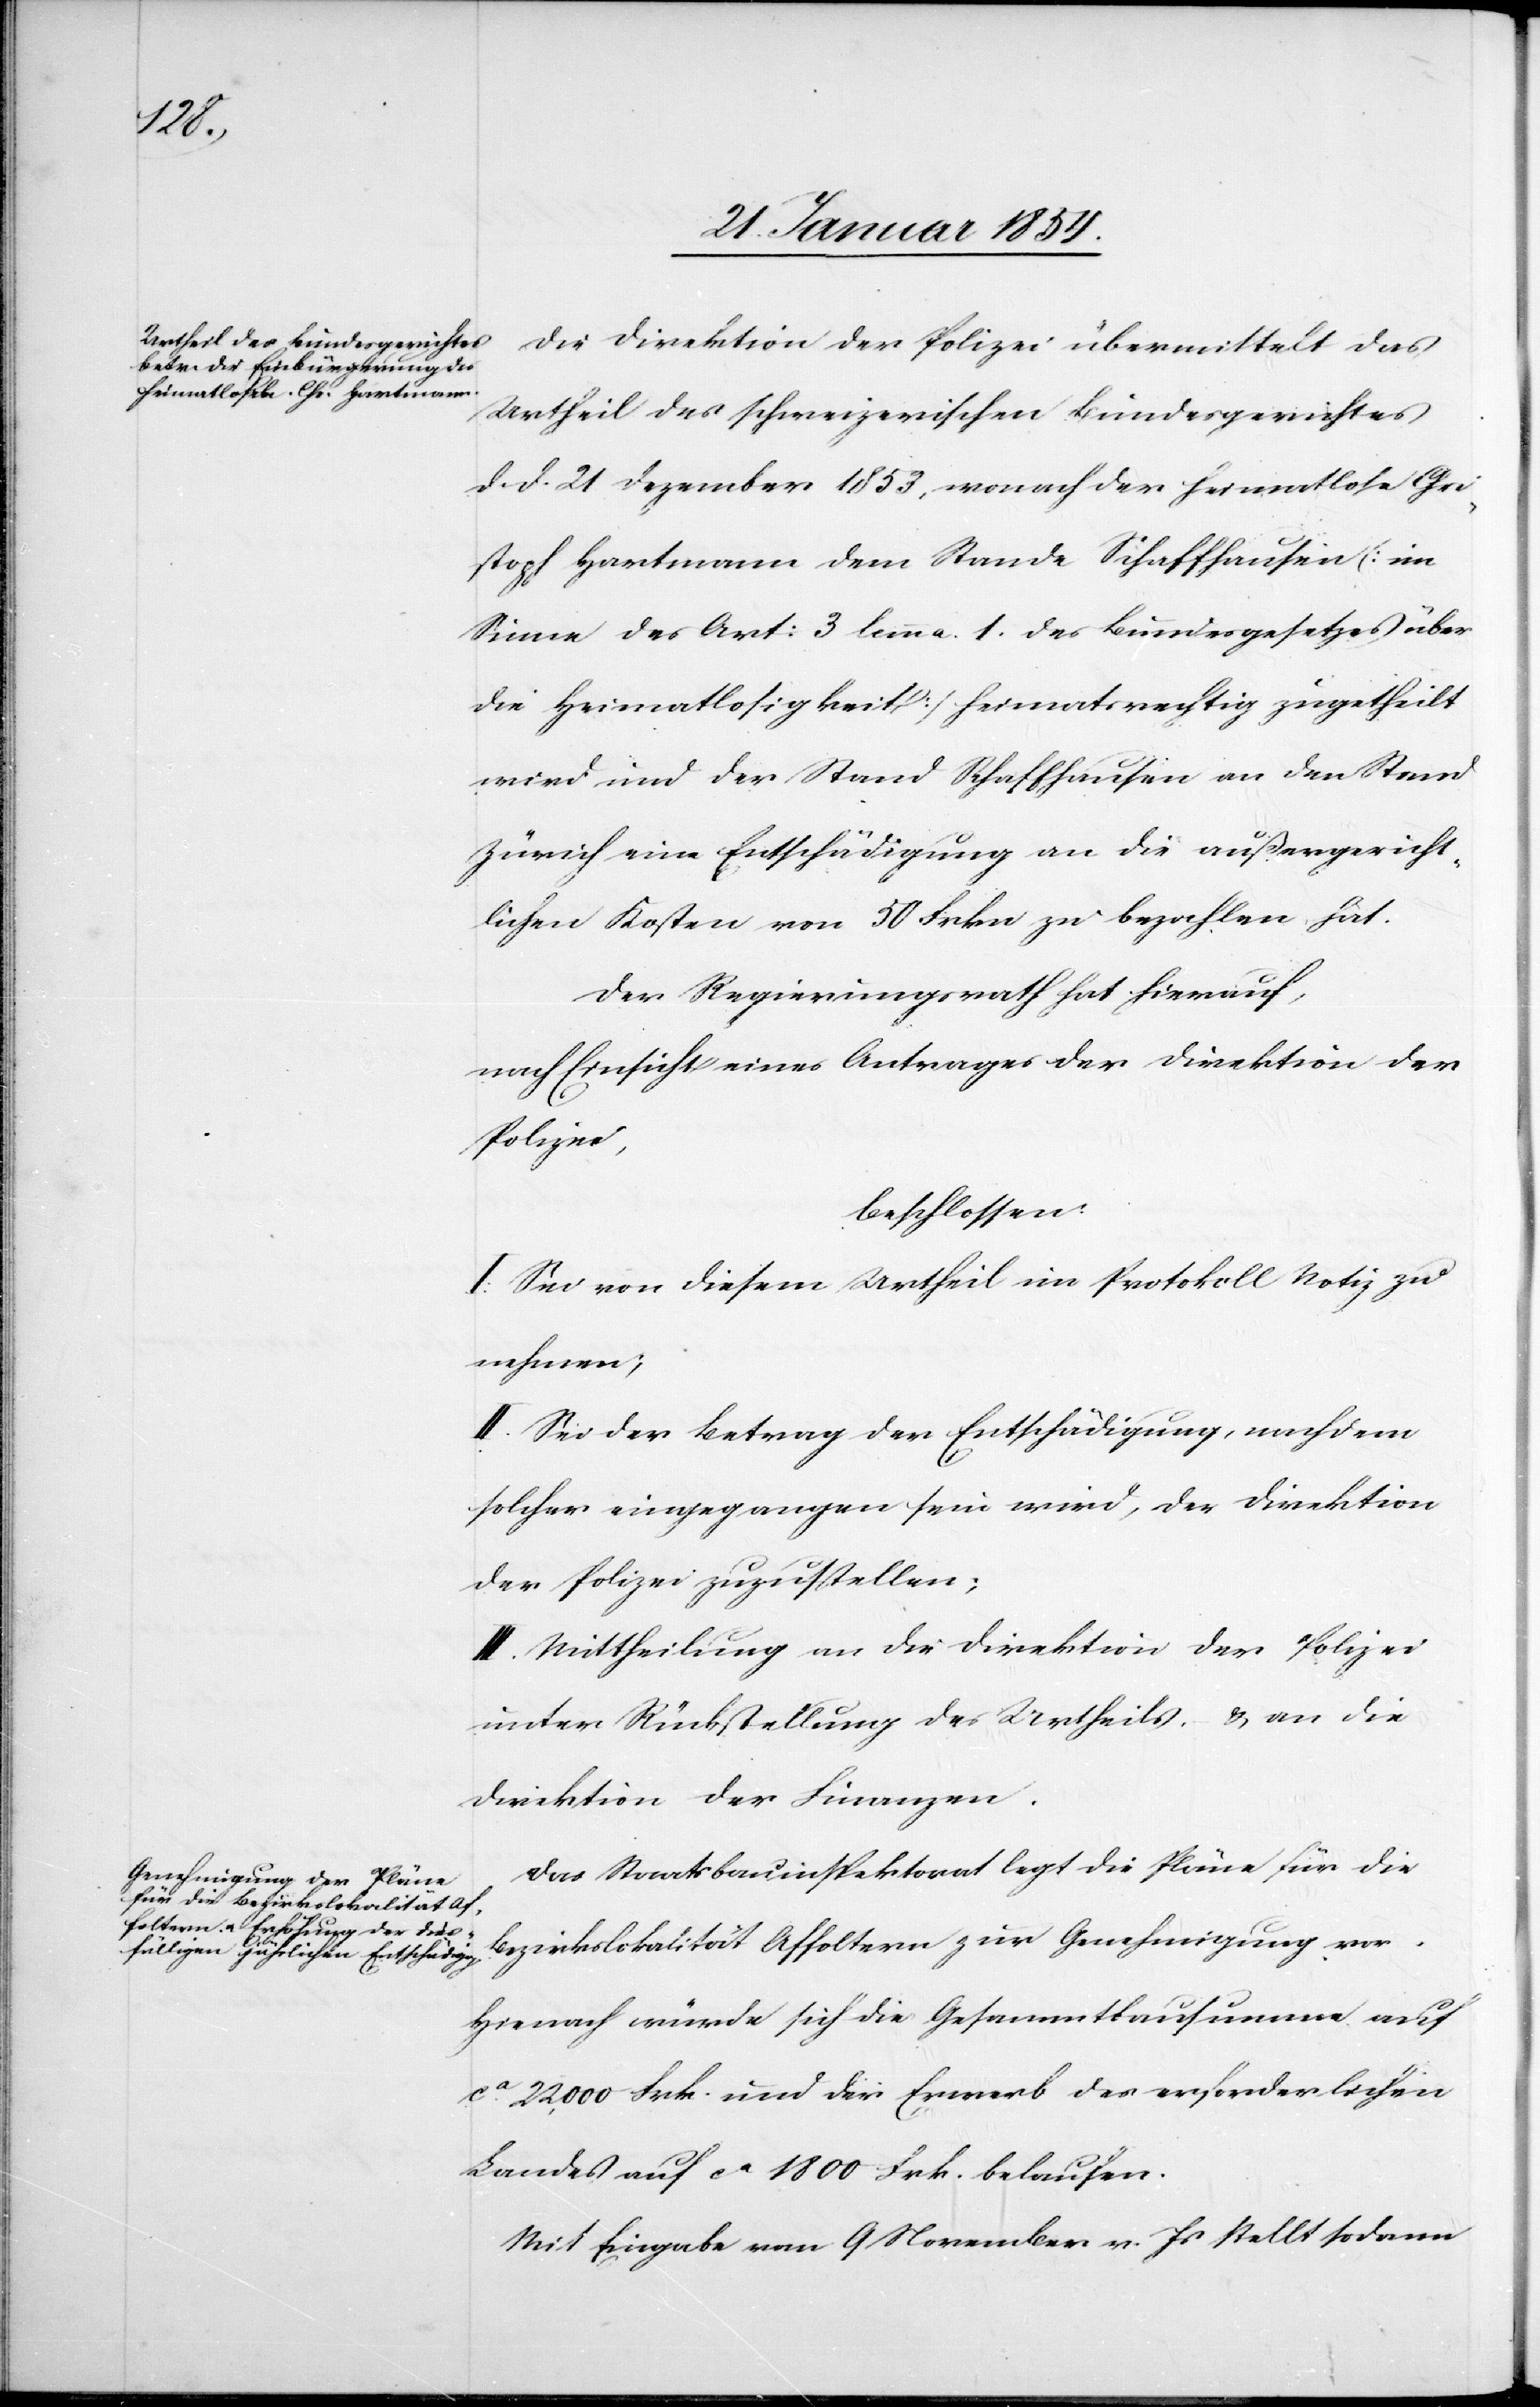
Die Direktion der Polizei übermittelt das
Urtheil des schweizerischen Bundesgerichtes
d. d. 21 Dezember 1853, wonach der heimatlose Chri¬
stoph Hartmann dem Stande Schaffhausen (im
Sinne des Art: 3 bmm a. 1. des Bundesgesetzes über
die Heimatlosigkeit) heimatsrechtig zugetheilt
wird und der Stand Schaffhausen an den Stand
Zürich eine Entschädigung an die außergericht¬
lichen Kosten von 50 Frkn zu bezahlen hat.
Der Regierungsrath hat hierauf,
nach Einsicht eines Antrages der Direktion der
Polizei,
beschlossen:
I. Sei von diesem Urtheil im Protokoll Notiz zu
nehmen;
II. Sei der Betrag der Entschädigung, nachdem
solcher eingegangen sein wird, der Direktion
der Polizei zuzustellen;
III. Mittheilung an die Direktion der Polizei
unter Rückstellung des Urtheils u. an die
Direktion der Finanzen.
Das Staatsbauinspektorat legt die Pläne für die
Bezirkslokalität Affoltern zur Genehmigung vor.
Hierauf würde sich die Gesammtbausumme auf
ca 2200 Frk. und der Erwerb des erforderlichen
Landes auf ca 1800 Frk. belaufen.
Mit Eingabe vom 9 November v. Js stellt sodann